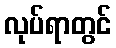
လုပ်ရာတွင်